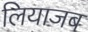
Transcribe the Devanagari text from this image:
लियाजब